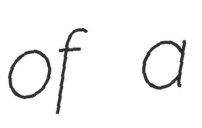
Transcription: of a